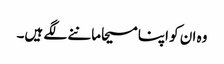
وہ ان کو اپنا مسیحا ماننے لگے ہیں۔